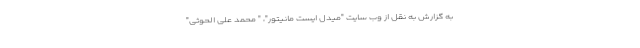
به گزارش به نقل از وب سایت "میدل ایست مانیتور"، " محمد علی الحوثی"